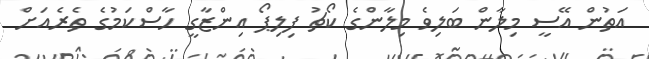
އަތުން އޭސީ މިލާން ބަލިވެ މިލާންގެ ކޯޗު ފިލިޕޯ އިންޒާގީ ހާސްކަމުގެ ތެރެއަށް